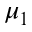
\mu _ { 1 }